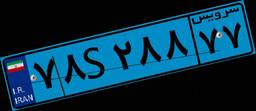
۷۸S۲۸۸۷۷